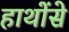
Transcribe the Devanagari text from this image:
हाथोंसे